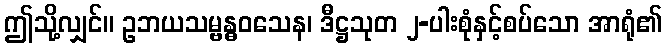
ဤသို့လျှင်။ ဥဘယသမ္ဗန္ဓဝသေန၊ ဒီဋ္ဌသုတ ၂-ပါးစုံနှင့်စပ်သော အာရုံ၏